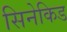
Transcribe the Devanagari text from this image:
सिनेकिड